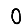
Digit: 0